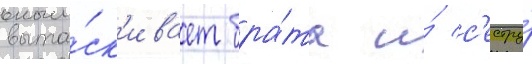
выта́ск'ивает бра́та и́ с'естру́